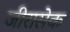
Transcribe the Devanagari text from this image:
जीरासेक